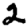
Digit: 2